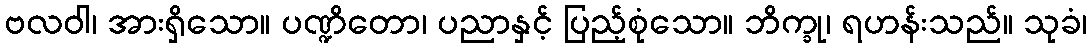
ဗလဝါ၊ အားရှိသော။ ပဏ္ဍိတော၊ ပညာနှင့် ပြည့်စုံသော။ ဘိက္ခု၊ ရဟန်းသည်။ သုခံ၊